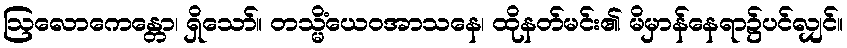
ဩလောကေန္တော၊ ရှိသော်။ တသ္မိံယေဝအာသနေ၊ ထိုနတ်မင်း၏ မိမှာန်နေရာ၌ပင်လျှင်။